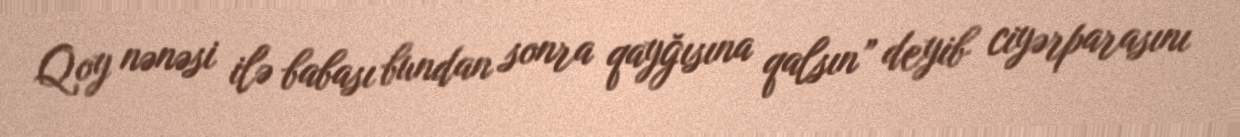
Qoy nənəsi ilə babası bundan sonra qayğısına qalsın” deyib ciyərparasını